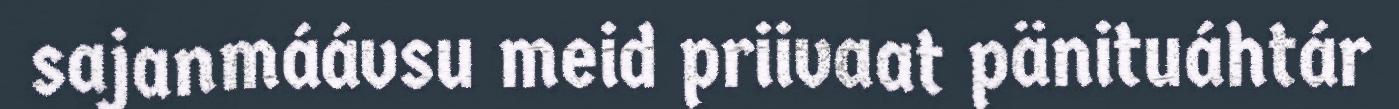
sajanmáávsu meid priivaat pänituáhtár